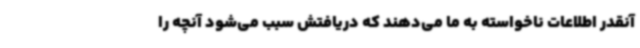
آنقدر اطلاعات ناخواسته به ما می‌دهند که دریافتش سبب می‌شود آنچه را